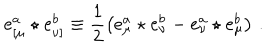
LaTeX: e _ { \left[ \mu \right. } ^ { a } \star e _ { \left. \nu \right] } ^ { b } \equiv \frac 1 2 \left( e _ { \mu } ^ { a } \star e _ { \nu } ^ { b } - e _ { \nu } ^ { a } \star e _ { \mu } ^ { b } \right) \, .